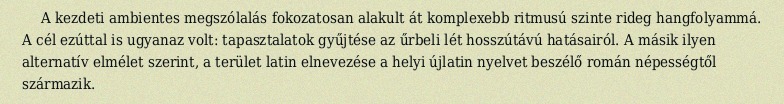
A kezdeti ambientes megszólalás fokozatosan alakult át komplexebb ritmusú szinte rideg hangfolyammá. A cél ezúttal is ugyanaz volt: tapasztalatok gyűjtése az űrbeli lét hosszútávú hatásairól. A másik ilyen alternatív elmélet szerint, a terület latin elnevezése a helyi újlatin nyelvet beszélő román népességtől származik.